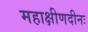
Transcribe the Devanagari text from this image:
महाक्षीणदीनः